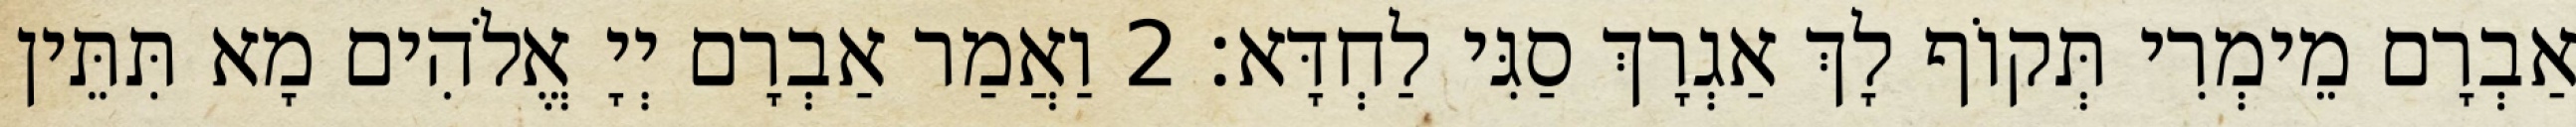
אַבְרָם מֵימְרִי תְּקוֹף לָךְ אַגְרָךְ סַגִּי לַחְדָּא׃ 2 וַאֲמַר אַבְרָם יְיָ אֱלֹהִים מָא תִּתֵּין